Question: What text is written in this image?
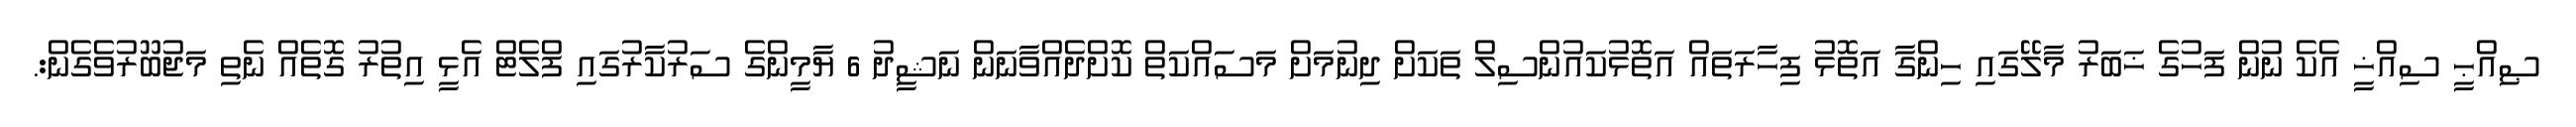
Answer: ޞިއްޙީ ސިއްޚީ އެކެ ނުން ފަހުގެ ޚަބަރު މާލޭގައި ހިންގާ އަތޮޅު ފިހާރަތައް އަތޮޅުކައުންސިލް ތަކަށް ދިނުމަށް މަސައްކަތް ކޮށްދެއްވާނަން ނަޝީދު 6 ޔާމީންގެ ސަރުކާރުގައި ފްލެޓް އެޅީ އިތުރު ގޮތެއް ނެތި މަޖުބޫރުވެގެން:.